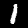
Digit: 1